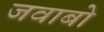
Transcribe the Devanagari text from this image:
जवाबो